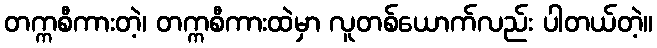
တက္ကစီကားတဲ့၊ တက္ကစီကားထဲမှာ လူတစ်ယောက်လည်း ပါတယ်တဲ့။